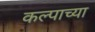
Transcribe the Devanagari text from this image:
कल्पाच्या